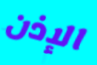
الإذن